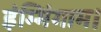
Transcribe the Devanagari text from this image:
इंम्मिंगाम।